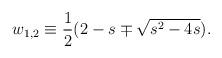
LaTeX: \begin{align*}w_{1,2}\equiv{1\over2}(2-s\mp\sqrt{s^2-4s}).\end{align*}